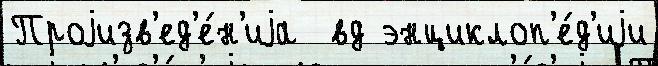
Проjизв'ед'е́н'иjа  вд энциклоп'е́д'иjи